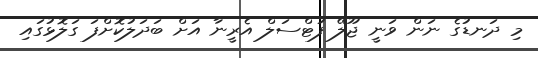
މި ދަނޑުގެ ނަން ވަނީ ޖޫލޭ ފުޓްސަލް އެރީނާ އަށް ބަދަލުކޮށްފަ ގަލޮޅުގައި